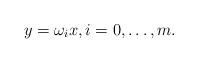
LaTeX: \begin{align*}y=\omega_i x, i=0,\dots, m. \end{align*}